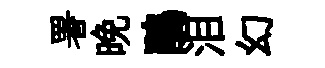
署晩鵑泪幻